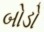
બોડો